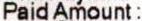
PAID AMOUNT :